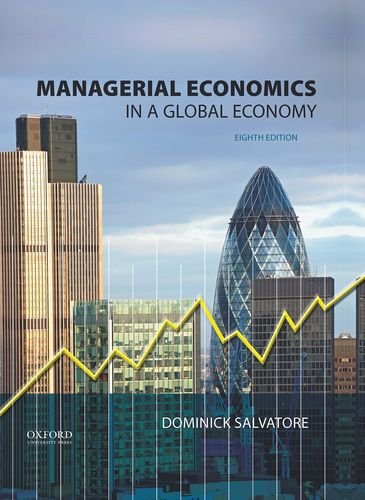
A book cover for Managerial Economics in a Global Economy; Dominick Salvatore; Business & Money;